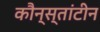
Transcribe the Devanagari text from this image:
कौन्स्तांटीन